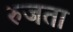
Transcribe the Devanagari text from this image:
रुजता